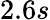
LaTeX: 2.6s